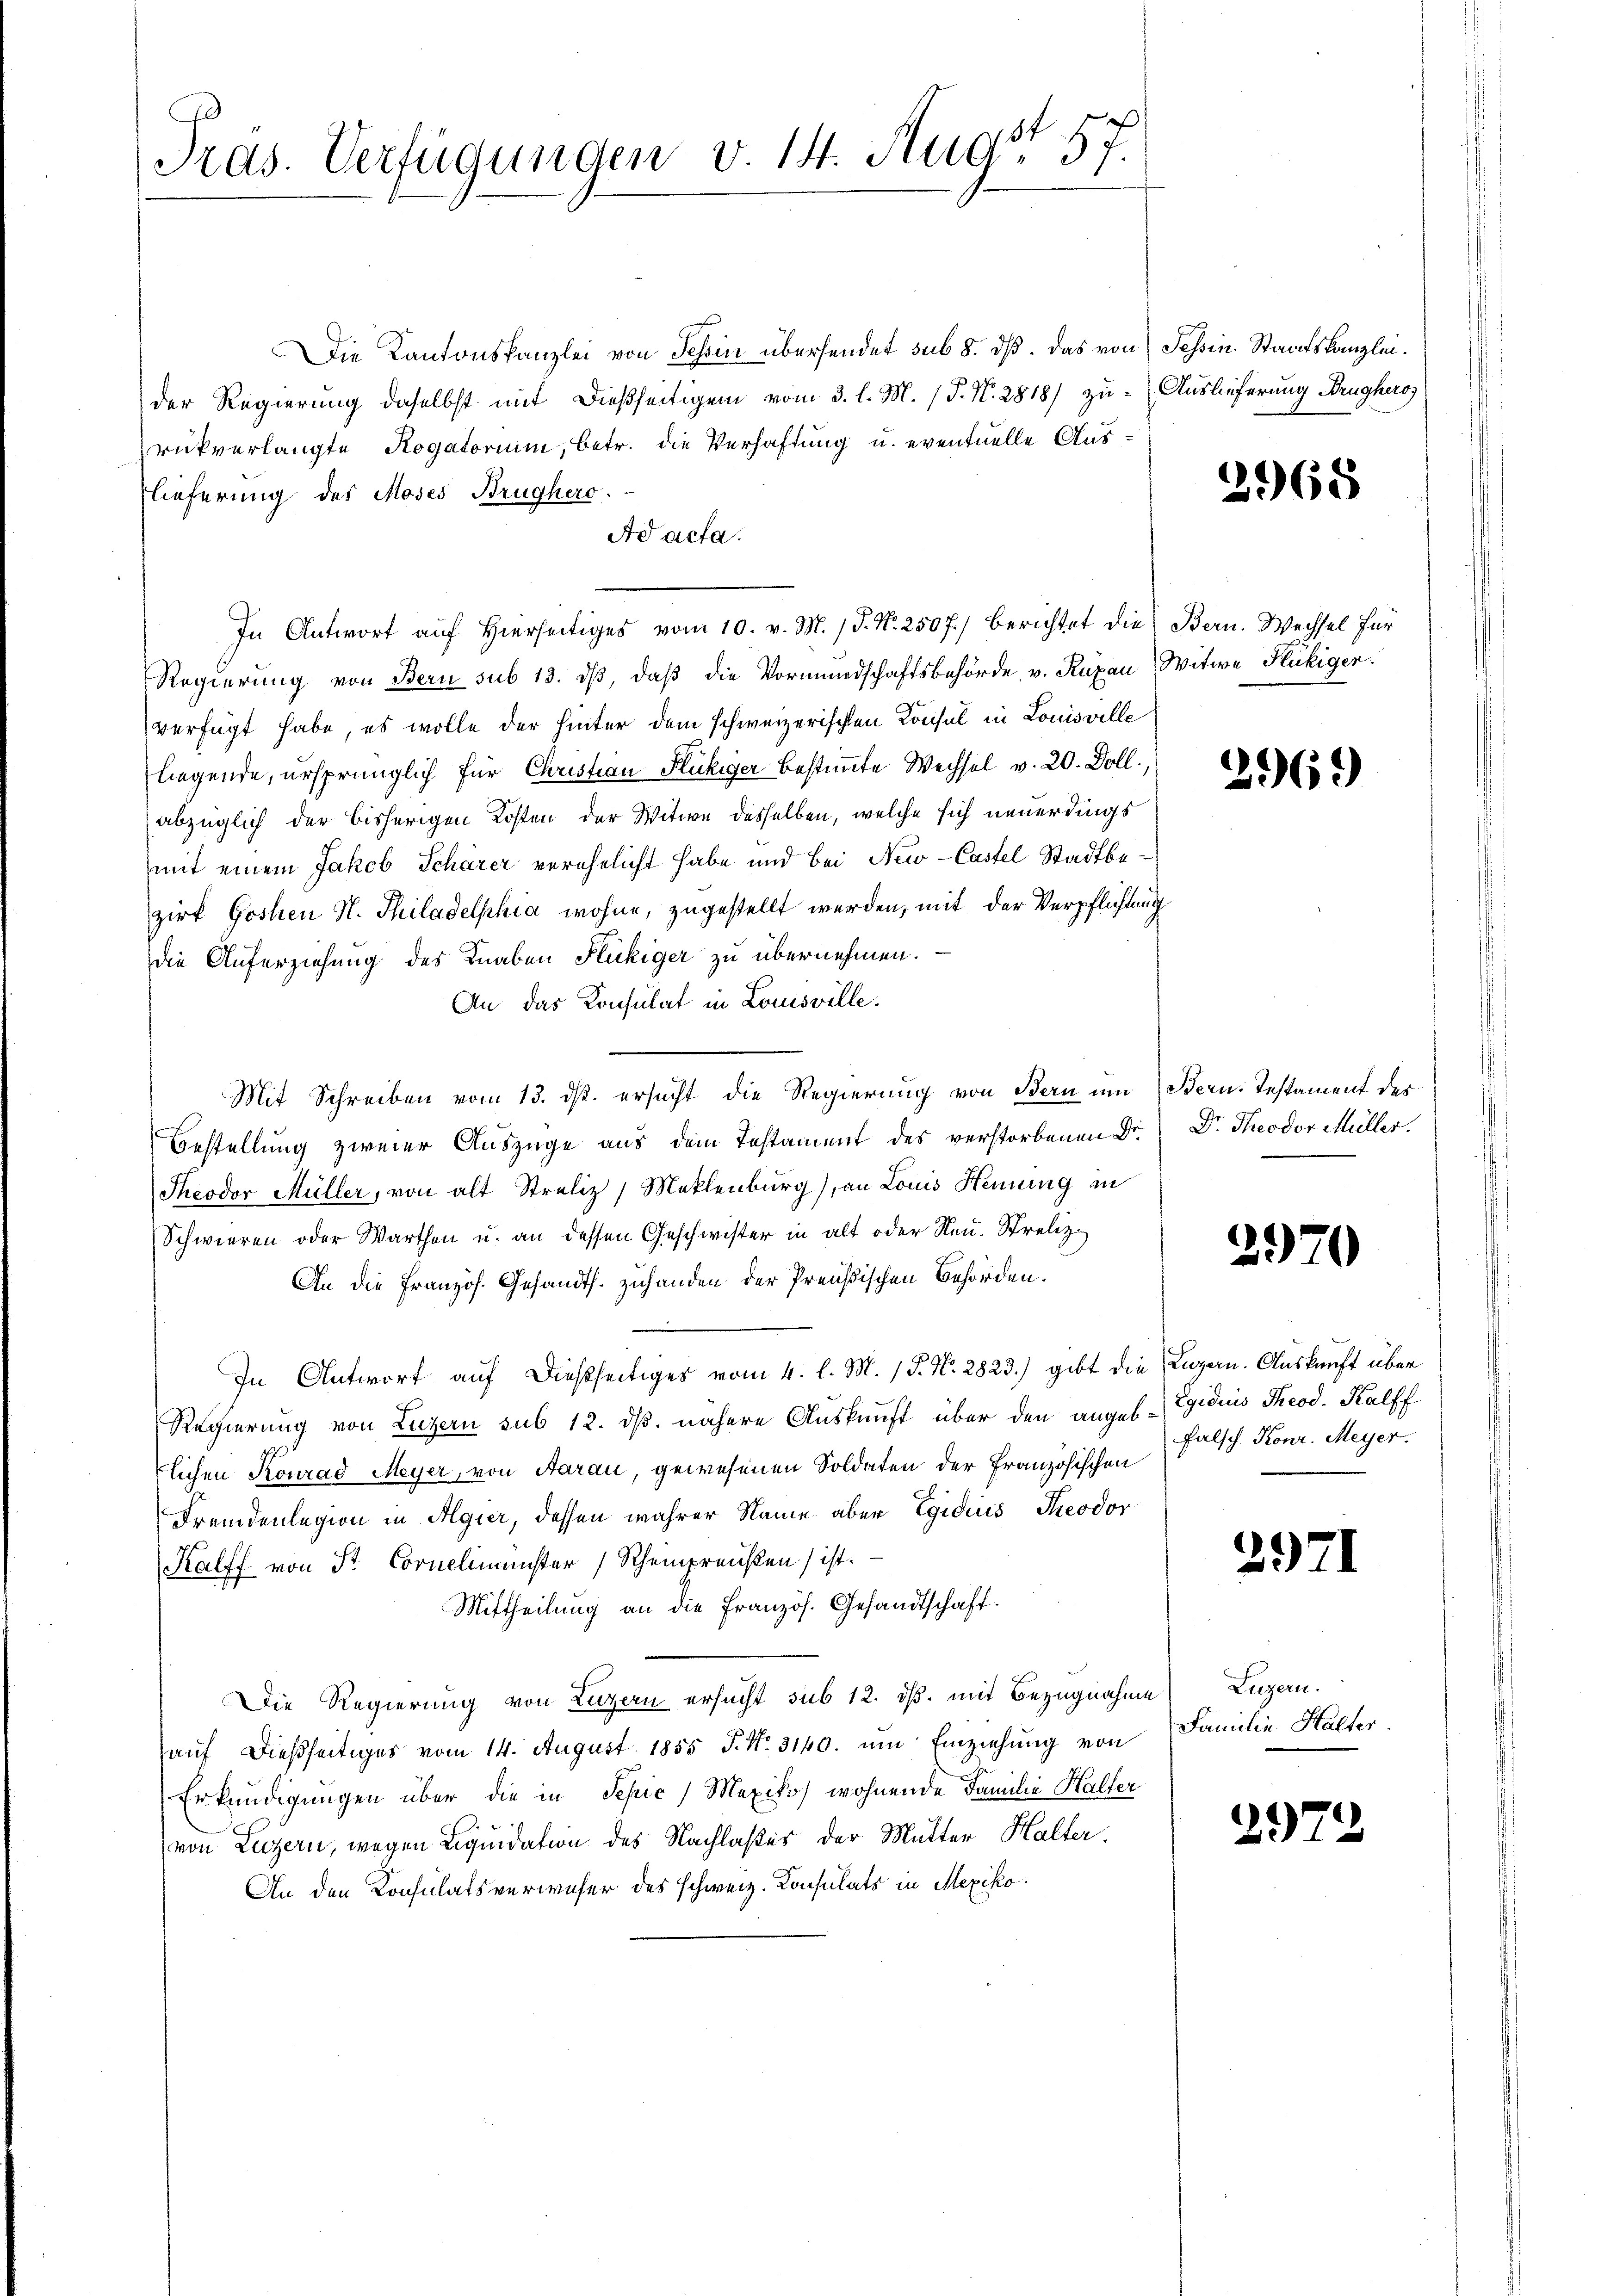
Pras. Verfügungen v. 14. Augst 57.

Die Kantonskanzlei von Schin übersendet sub 8. dß. Das von Tessin. Staatskanzleider Regierung daselbst mit dießseitigem vom 3. l. M. 1 P. N. 2818/ zu Auslieferung Brughero
rükverlangte Rogatorium, betr. die Verhaftung u. eventuelle Auslieferung des Moses Brughero
Ad acta.
In Antwort auf Hierseitiges vom 10. v. M. P. Nr. 2507) berichtet die Bern. Wechsel für
Regierung von Bern sub 13. dβ, daβ die Vormundschaftsbehörde v. Kuxan Witwe Flückiger.
verfügt habe, es wolle der hinter dem schweizerischen Konsul in Louisville
liegende, ursprünglich für Christian Flückiger bestimmte Wechsel v. 20. Doll
abzüglich der bisherigen Kosten der Witwe desselben, welche sich neuerdings
mit einem Jakob Schärer verehelicht habe und bei New-Castel Stadtbezirk Goshen N. Thiladelphia wohne, zugestellt werden, mit der Verpflichtung
die Auferziehung des Knaben Flückiger zu übernehmen.
An das Konsulat in Louisville.
Mit Schreiben vom 13. ds. ersucht die Regierung von Bern um (Bern. Testament des
Bestellung zweier Auszüge aus dem Testament des verstorbenen Dr.
Theodor Müller, von alt Streliz) Meklenburg), an Louis Heinung in
Schwieren oder Warthen u. an dessen Geschwister in alt oder Neu. Streliz¬
An die Französ. Gesandts. zuhanden der Preußischen Behörden.
In Antwort auf dießseitiges vom 4. l. M. P. Nr. 2823.) gibt die Luzern. Auskunft über
Regierung von Luzern sub 12. dß. nähere Auskunft über den angeb. Egidiis Theod. Kalff
lichen Konrad Meyer, von Aarau, gewesenen Soldaten der Französischen
Fremdenlegion in Algier, dessen wahrer Name aber Egidius Theodor
Kalff von St. Corneliminster) Scheinpreußen ist.
Mittheilung an die Französ. Gesandtschaft.
Die Regierung von Luzern ersucht sub 12. ds. mit Bezugnahme Luzern.
auf dießseitiges vom 14. August 1855 P. Nr. 3140. um Einziehung von
Erkundigungen über die in Sepic) Mexikos wohnende Familie Halfer
von Luzern, wegen Liquidation des Nachlaßes der Mutter Halter.
An den Konsulatsverweser des schweiz. Konsulats in Mexiko

2968

2969

Dr. Theodor Müller.

2970

Falsch Konr. Meyer.

2971

Familie Halter.

2972